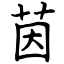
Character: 茵